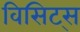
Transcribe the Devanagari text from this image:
विसिट्स